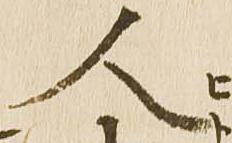
人